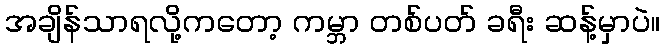
အချိန်သာရလို့ကတော့ ကမ္ဘာ တစ်ပတ် ခရီး ဆန့်မှာပဲ။